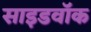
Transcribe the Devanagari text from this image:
साइडवॉक